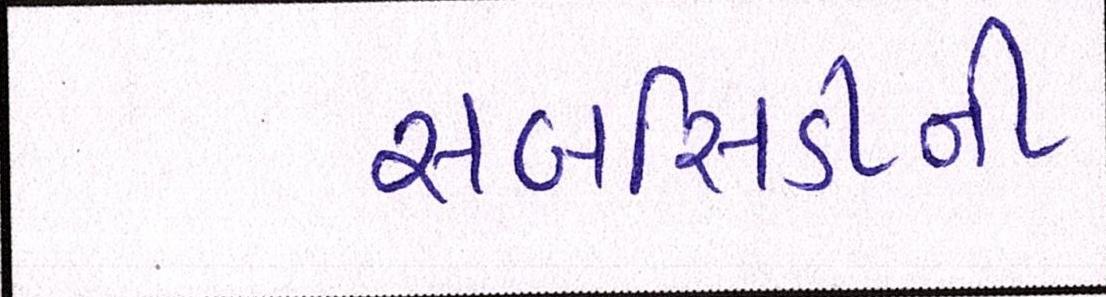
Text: સબસિડીની